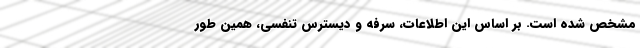
مشخص شده است. بر اساس این اطلاعات، سرفه و دیسترس تنفسی، همین‌ طور